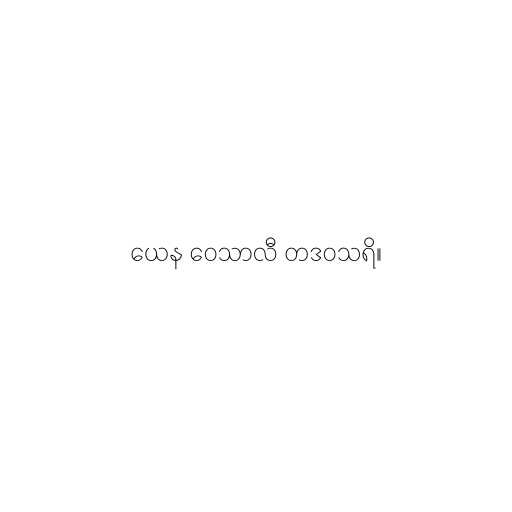
ယေန ဝေသာလီ တဒဝသရိ။